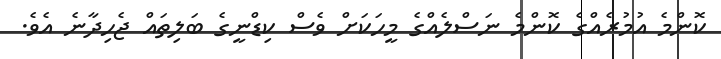
ކޮންމެ އުމުރެއްގެ ކޮންމެ ނަސްލެއްގެ މީހަކަށް ވެސް ކިޑްނީގެ ބަލިތައް ޖެހިދާނެ އެވެ.